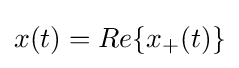
x(t)=Re\{x_{+}(t)\}